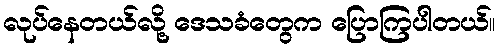
လုပ်နေတယ်လို့ ဒေသခံတွေက ပြောကြပါတယ်။